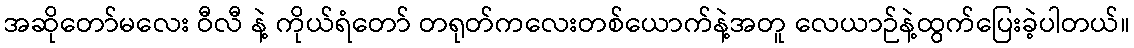
အဆိုတော်မလေး ဝီလီ နဲ့ ကိုယ်ရံတော် တရုတ်ကလေးတစ်ယောက်နဲ့အတူ လေယာဉ်နဲ့ထွက်ပြေးခဲ့ပါတယ်။